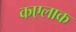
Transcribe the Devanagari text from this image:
कएलाक